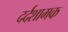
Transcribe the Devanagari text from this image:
दर्दशामक